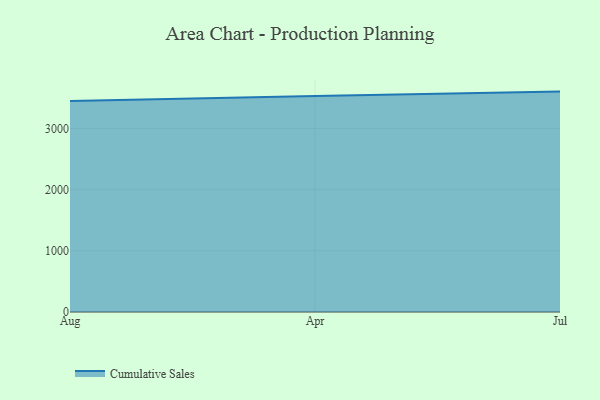
{"axis": {"x": "Month", "y": "Market Share (%)"}, "legend": ["Cumulative Sales"], "data": [{"x": "Aug", "y": 3450.1, "type": "Cumulative Sales"}, {"x": "Apr", "y": 3533.0, "type": "Cumulative Sales"}, {"x": "Jul", "y": 3603.4, "type": "Cumulative Sales"}]}